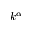
k ^ { \alpha }